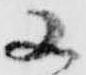
又